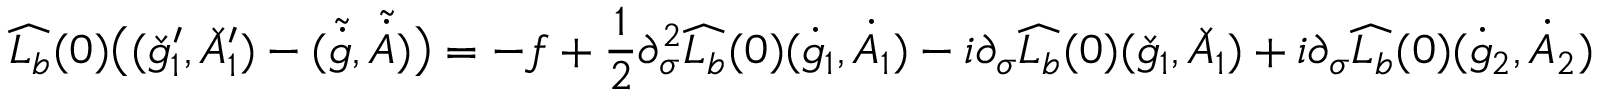
\widehat { L _ { b } } ( 0 ) \big ( ( \check { g } _ { 1 } ^ { \prime } , \check { A } _ { 1 } ^ { \prime } ) - ( \tilde { \dot { g } } , \tilde { \dot { A } } ) \big ) = - f + \frac { 1 } { 2 } \partial _ { \sigma } ^ { 2 } \widehat { L _ { b } } ( 0 ) ( \dot { g } _ { 1 } , \dot { A } _ { 1 } ) - i \partial _ { \sigma } \widehat { L _ { b } } ( 0 ) ( \check { g } _ { 1 } , \check { A } _ { 1 } ) + i \partial _ { \sigma } \widehat { L _ { b } } ( 0 ) ( \dot { g } _ { 2 } , \dot { A } _ { 2 } )